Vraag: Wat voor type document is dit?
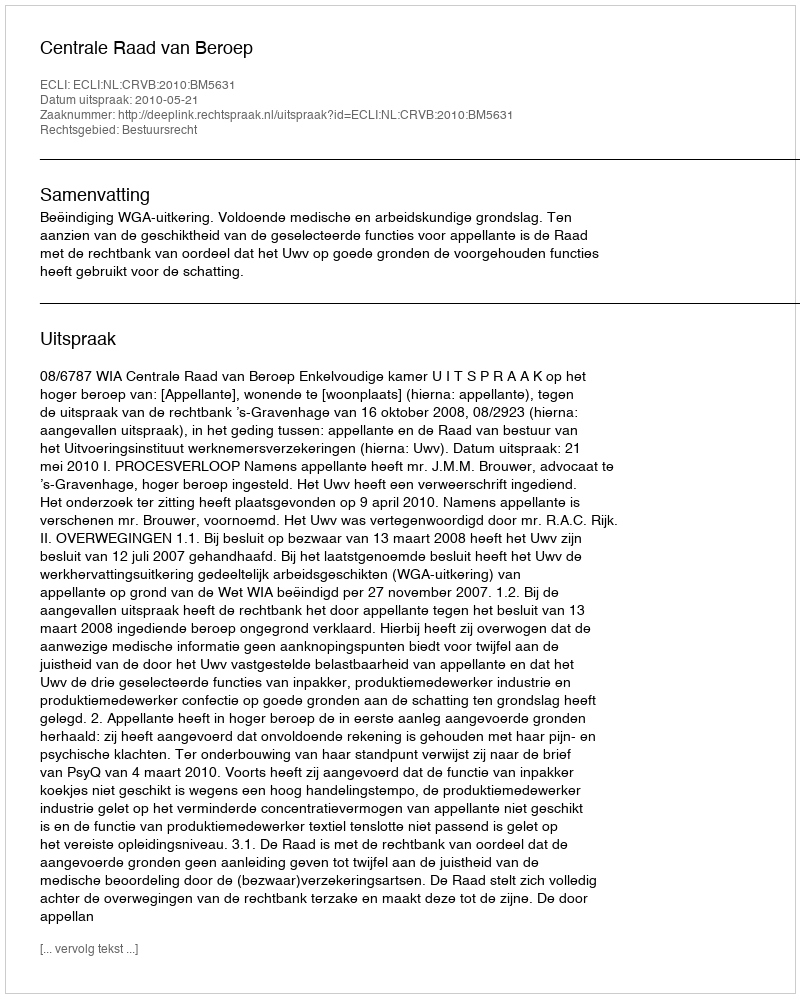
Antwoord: Uitspraak